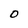
Character: O